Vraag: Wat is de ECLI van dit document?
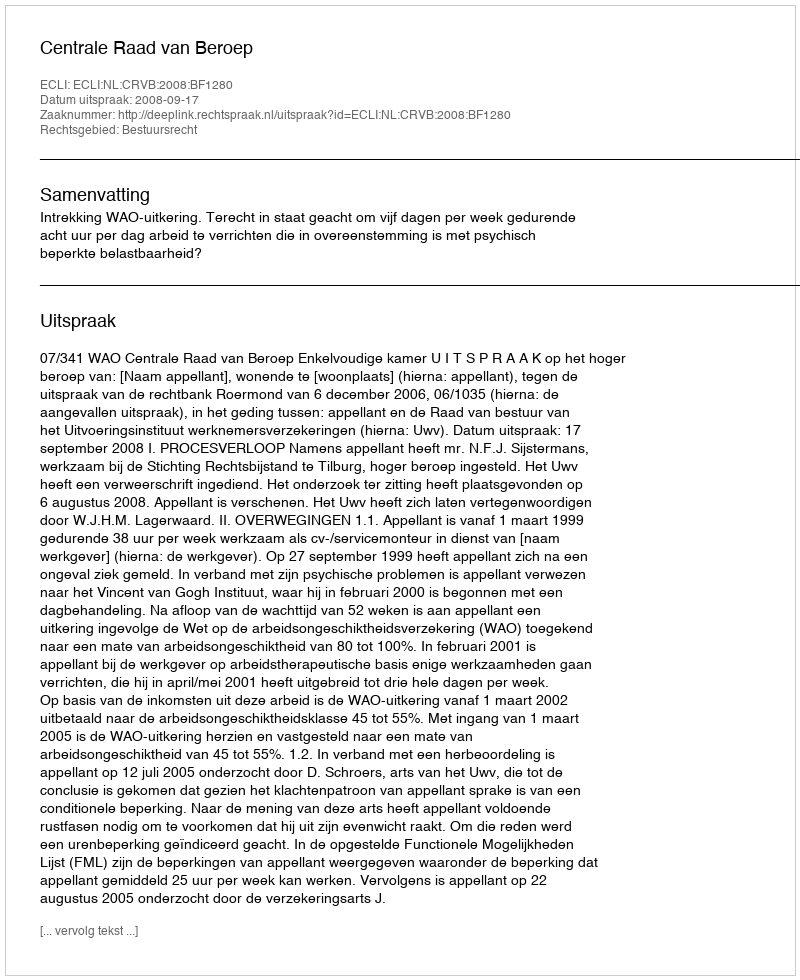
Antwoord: ECLI:NL:CRVB:2008:BF1280